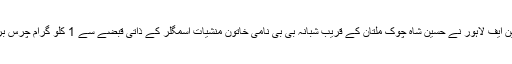
آٹھویں کاروائی کے دوران اے این ایف لاہور نے حسین شاہ چوک ملتان کے قریب شبانہ بی بی نامی خاتون منشیات اسمگلر کے ذاتی قبضے سے 1 کلو گرام چرس برآمد کر کے اسے گرفتار کر لیا۔